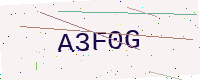
Text: A3F0G